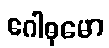
ဂေါဓုမော